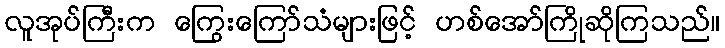
လူအုပ်ကြီးက ကြွေးကြော်သံများဖြင့် ဟစ်အော်ကြိုဆိုကြသည်။